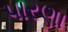
પારણા